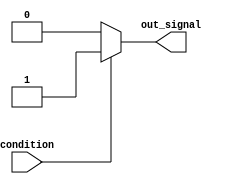
module assign_statement_example (
  input wire condition,
  output reg out_signal
);

always @(*) begin
  if (condition) begin
    out_signal <= 1'b1; // assign the value '1' to out_signal when condition is true
  end else begin
    out_signal <= 1'b0; // assign the value '0' to out_signal when condition is false
  end
end

endmodule